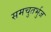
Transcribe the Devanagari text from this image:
समचुतर्भुज